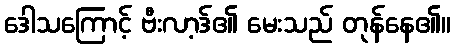
ဒေါသကြောင့် ဗီးလာ့ဒ်၏ မေးသည် တုန်နေ၏။